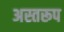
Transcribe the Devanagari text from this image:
अस्तरूप